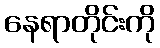
နေရာတိုင်းကို